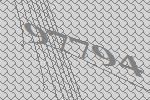
97794